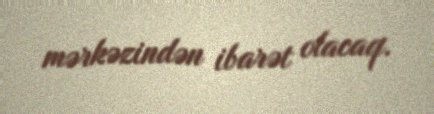
mərkəzindən ibarət olacaq.